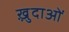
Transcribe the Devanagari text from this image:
ख़़ुदाओं